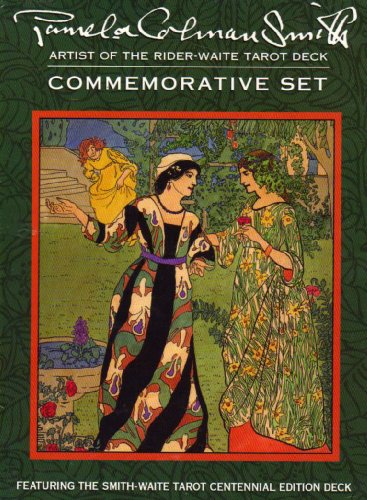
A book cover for Pamela Colman Smith Commemorative Set; Stuart Kaplan; Humor & Entertainment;